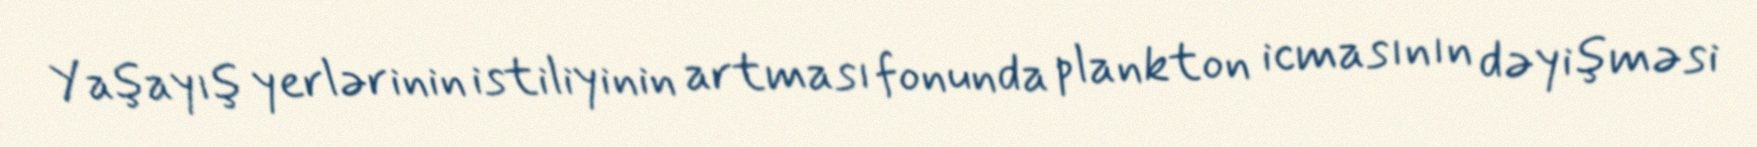
Yaşayış yerlərinin istiliyinin artması fonunda plankton icmasının dəyişməsi